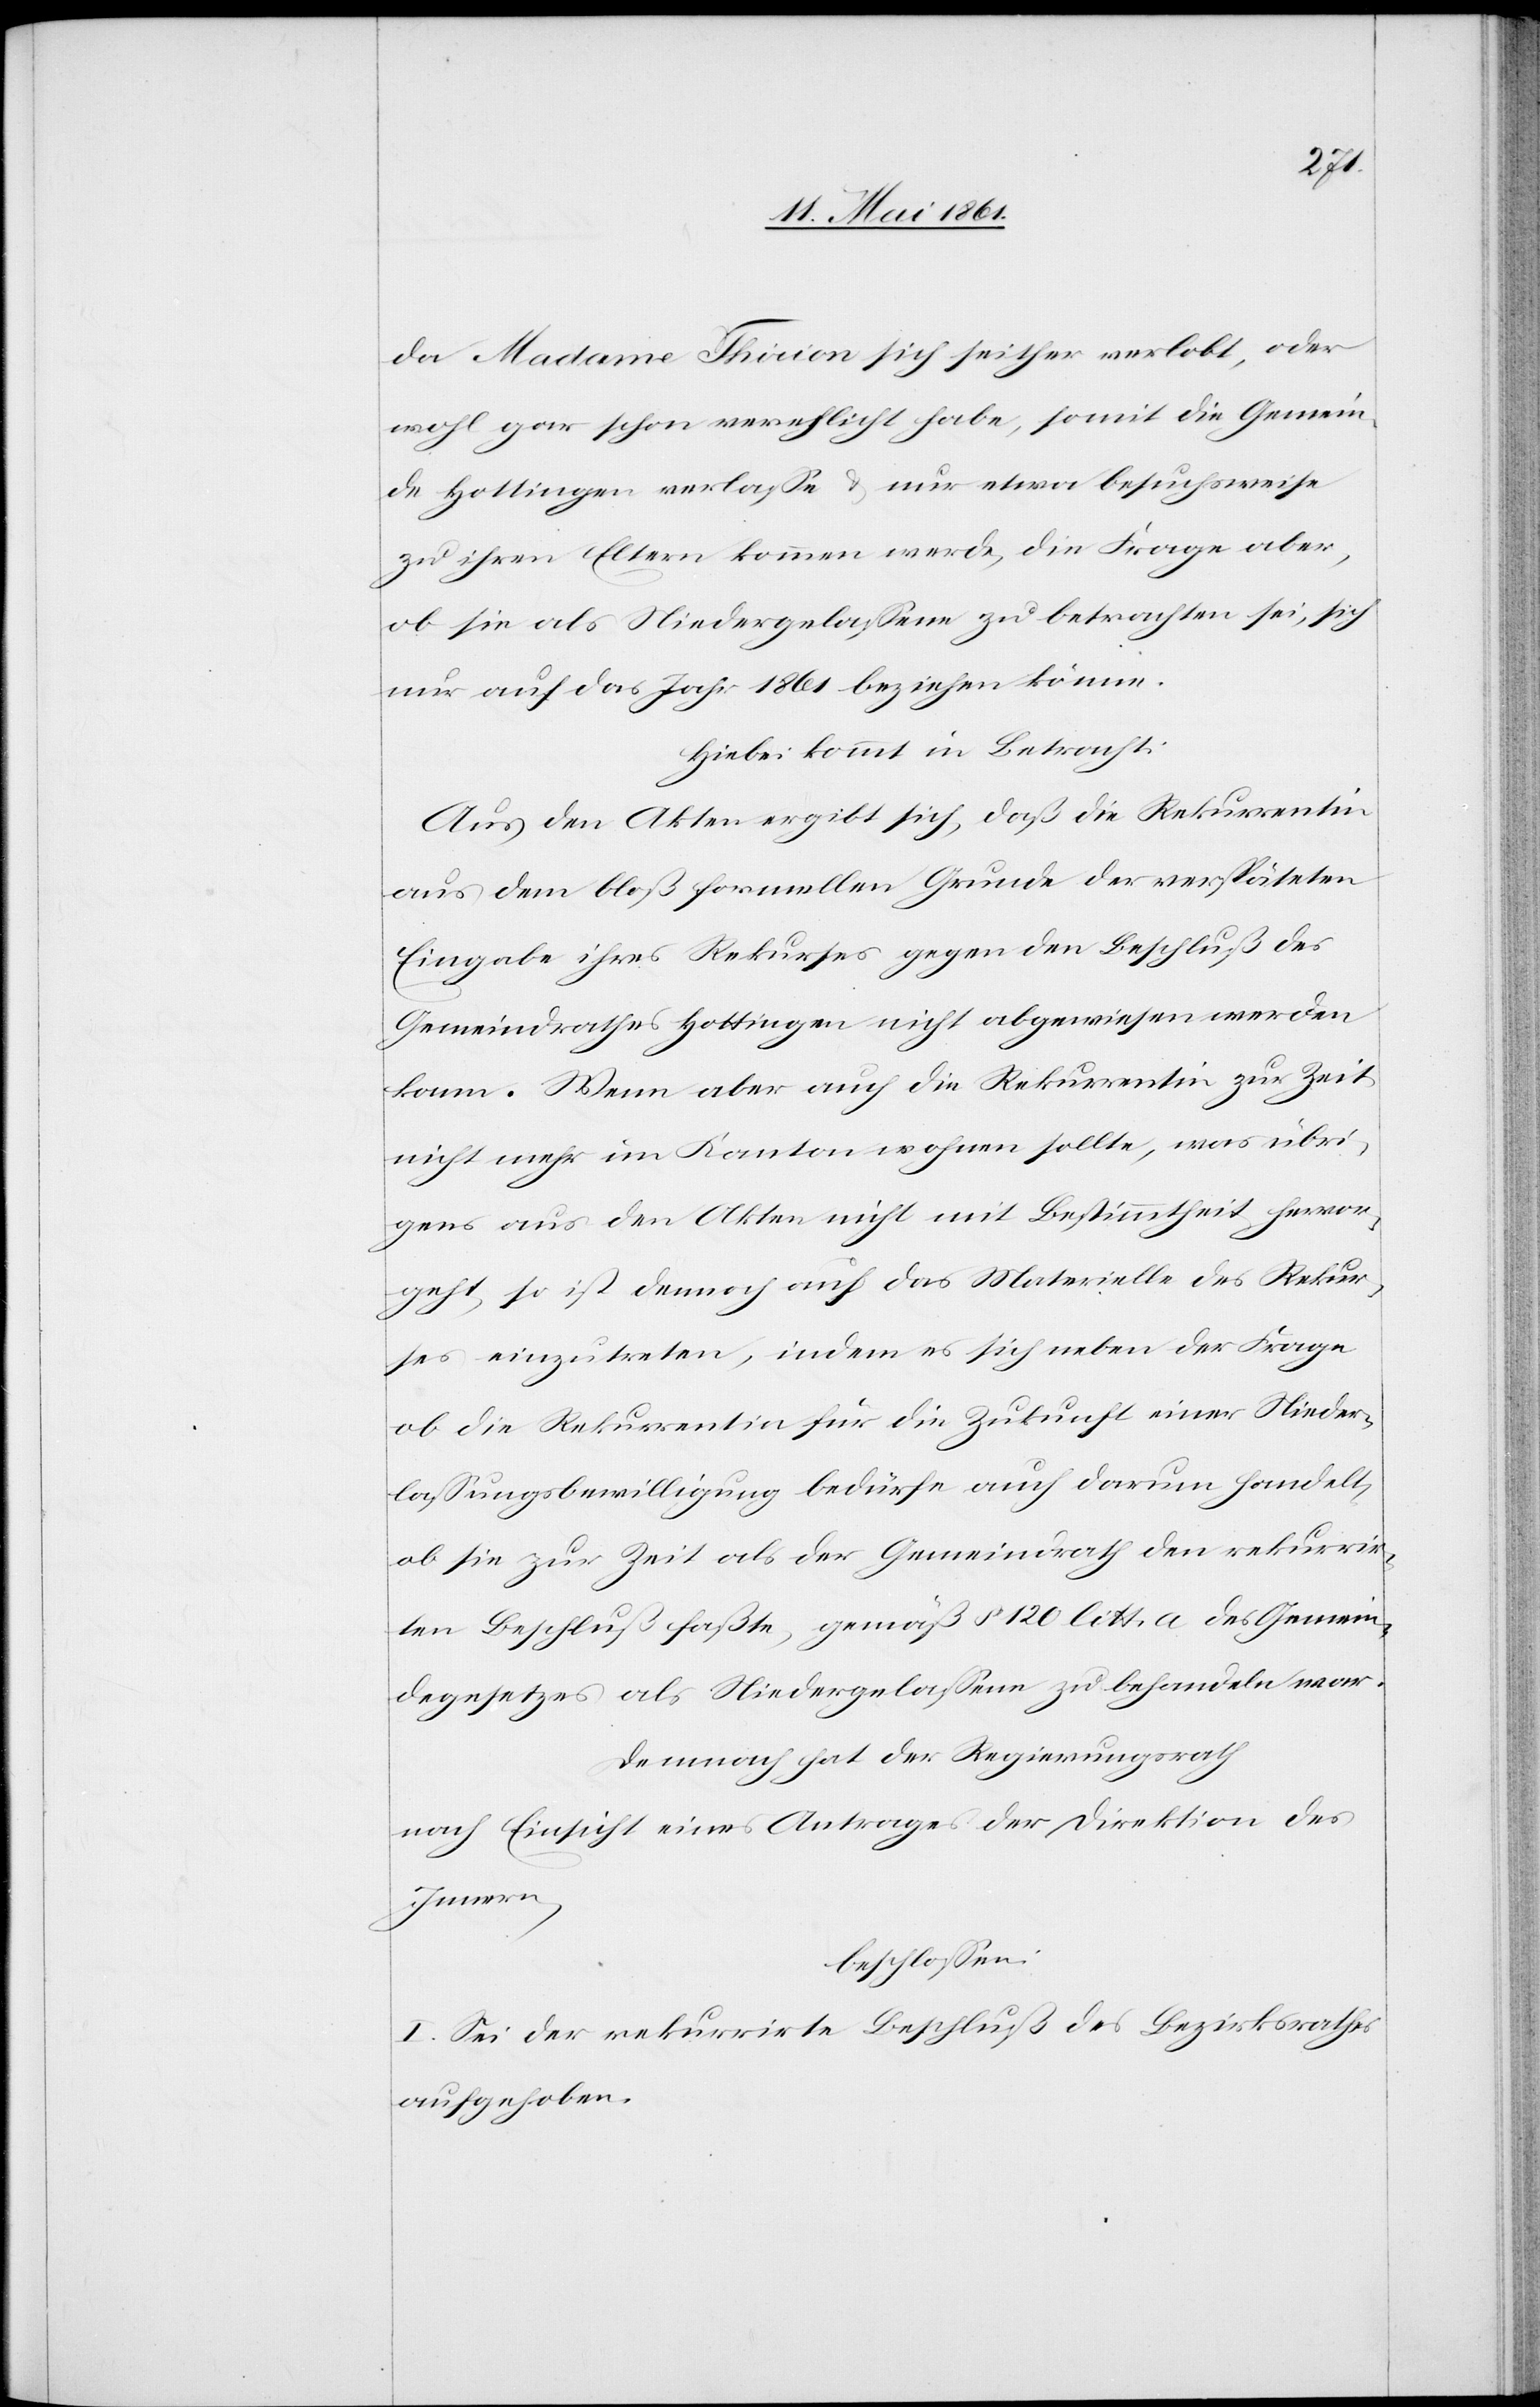
da Madame Thirion sich seither verlobt, oder
wohl gar schon verehlicht habe, somit die Gemein¬
de Hottingen verlasse u. nur etwa besuchsweise
zu ihren Eltern kommen werde, die Frage aber,
ob sie als Niedergelassene zu betrachten sei, sich
nur auf das Jahr 1861 beziehen könne.
Hiebei kommt in Betracht:
Aus den Akten ergibt sich, daß die Rekurrentin
aus dem bloß formellen Grunde der verspäteten
Eingabe ihres Rekurses gegen den Beschluß des
Gemeindrathes Hottingen nicht abgewiesen werden
kann. Wenn aber auch die Rekurrentin zur Zeit
nicht mehr im Kanton wohnen sollte, was übri¬
gens aus den Akten nicht mit Bestimmtheit hervor¬
geht, so ist dennoch auf das Materielle des Rekur¬
ses einzutreten, indem es sich neben der Frage
ob die Rekurrentin für die Zukunft einer Nieder¬
lassungsbewilligung bedürfe auch darum handelt,
ob sie zur Zeit als der Gemeindrath den rekurrir¬
ten Beschluß faßte, gemäß § 120 litt. a des Gemein¬
degesetzes als Niedergelassene zu behandeln war.
Demnach hat der Regierungsrath
nach Einsicht eines Antrages der Direktion des
Innern,
beschlossen:
I. Sei der rekurrirte Beschluß des Bezirksrathes
aufgehoben.